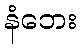
နံဘေး